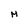
Character: M